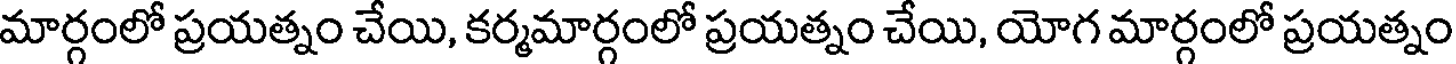
మార్గంలో ప్రయత్నం చేయి, కర్మమార్గంలో ప్రయత్నం చేయి, యోగ మార్గంలో ప్రయత్నం